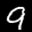
Label: 9